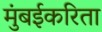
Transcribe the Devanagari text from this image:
मुंबईकरिता